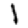
Digit: 1